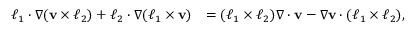
\begin{array} { r l } { \boldsymbol { \ell } _ { 1 } \cdot \nabla ( \mathbf { v } \times \boldsymbol { \ell } _ { 2 } ) + \boldsymbol { \ell } _ { 2 } \cdot \nabla ( \boldsymbol { \ell } _ { 1 } \times \mathbf { v } ) } & { = ( \boldsymbol { \ell } _ { 1 } \times \boldsymbol { \ell } _ { 2 } ) \nabla \cdot \mathbf { v } - \nabla \mathbf { v } \cdot ( \boldsymbol { \ell } _ { 1 } \times \boldsymbol { \ell } _ { 2 } ) , } \end{array}